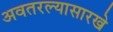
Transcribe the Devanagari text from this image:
अवतरल्यासारखे